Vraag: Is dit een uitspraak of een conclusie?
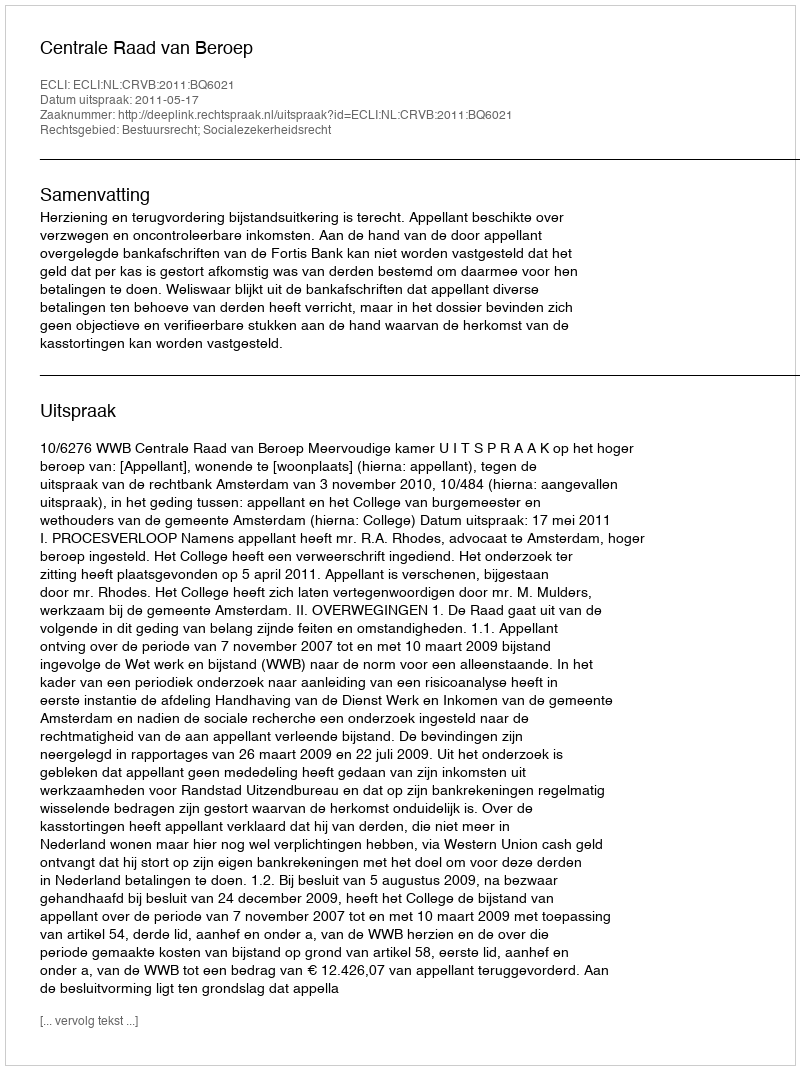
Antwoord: Uitspraak